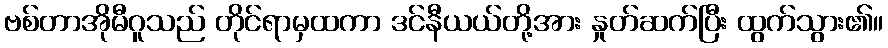
ဗစ်တာအိုမီဂူသည် တိုင်ရာမှထကာ ဒင်နီယယ်တို့အား နှုတ်ဆက်ပြီး ထွက်သွား၏။